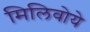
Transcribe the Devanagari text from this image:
मिलिवोये